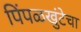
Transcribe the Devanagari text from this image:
पिंपळखुंटेचा